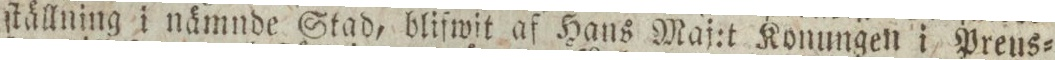
ſtällning i nämnde Stad, blifwit af Hans Maj:t Konungen i Preus=